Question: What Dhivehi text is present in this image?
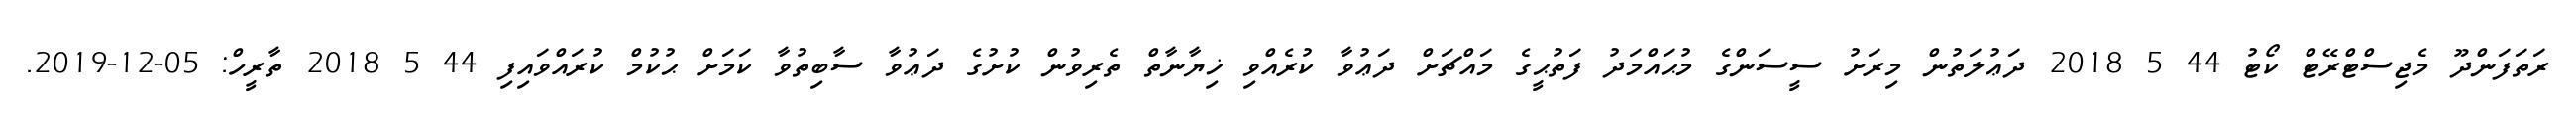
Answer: ރަތަފަންދޫ މެޖިސްޓްރޭޓް ކޯޓު 44 5 2018 ދަޢުލަތުން މިރަށު ސީސަންގެ މުޙައްމަދު ފަތުޙީގެ މައްޗަށް ދަޢުވާ ކުރެއްވި ޚިޔާނާތް ތެރިވުން ކުށުގެ ދަޢުވާ ސާބިތުވާ ކަމަށް ޙުކުމް ކުރައްވައިފި 44 5 2018 ތާރީހް: 05-12-2019.